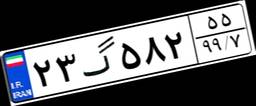
۲۳گ۵۸۲۵۵